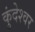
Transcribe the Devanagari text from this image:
कुंदेश्वर